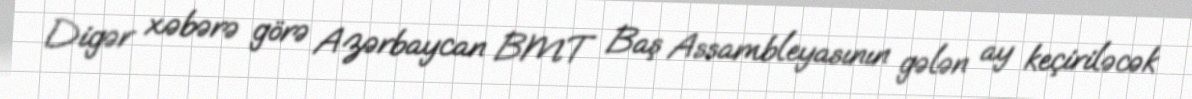
Digər xəbərə görə Azərbaycan BMT Baş Assambleyasının gələn ay keçiriləcək